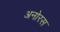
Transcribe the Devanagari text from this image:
अनोरस